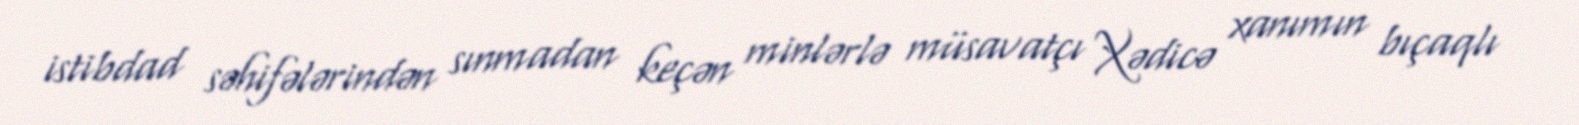
istibdad səhifələrindən sınmadan keçən minlərlə müsavatçı Xədicə xanımın bıçaqlı